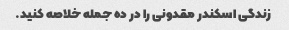
زندگی اسکندر مقدونی را در ده جمله خلاصه کنید.